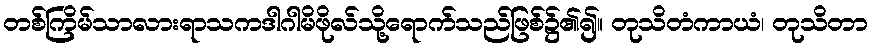
တစ်ကြိမ်သာလားရာသကဒါဂါမိဖိုလ်သို့ရောက်သည်ဖြစ်၌၏၍။ တုသိတံကာယံ၊ တုသိတာ